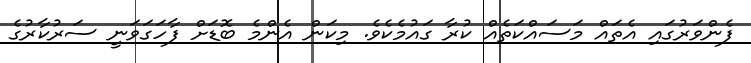
ފެންވަރުގައި އެތައް މަސައްކަތެއް ކުރާ ގައުމެކެވެ. މިކަން އެންމެ ބޮޑަށް ފާހަގަވަނީ ސަރުކާރުގެ